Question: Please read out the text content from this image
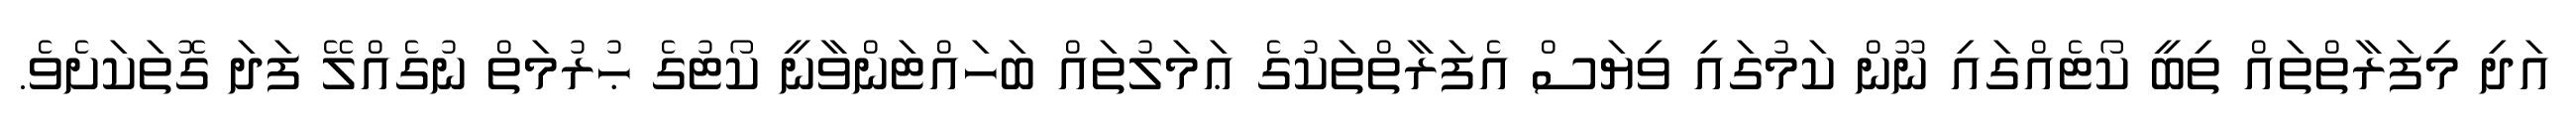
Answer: އަދި މިފަރާތްތައް ތިބީ ކޯޓެއްގައި ނޫން ކަމުގައި ވިޔަސް އެފަރާތްތަކުގެ ޢަމަލުތައް ބަހައްޓަންވާނީ ކޯޓުގެ ޙުރުމަތް ނުގެއްލޭ ފަދަ ގޮތަކަށެވެ.